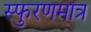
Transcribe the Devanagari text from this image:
स्फुरणमात्र